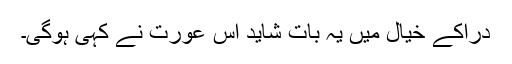
دراؔکے خیال میں یہ بات شاید اس عورت نے کہی ہوگی۔